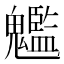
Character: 𩴵